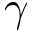
\gamma